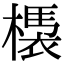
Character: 𣚝